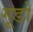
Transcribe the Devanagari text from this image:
गूडो